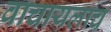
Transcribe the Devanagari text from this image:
वाचायलाच